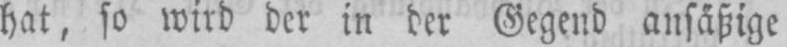
hat, so wird der in der Gegend ansäßige